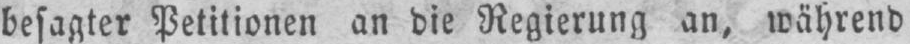
besagter Petitionen an die Regierung an, während